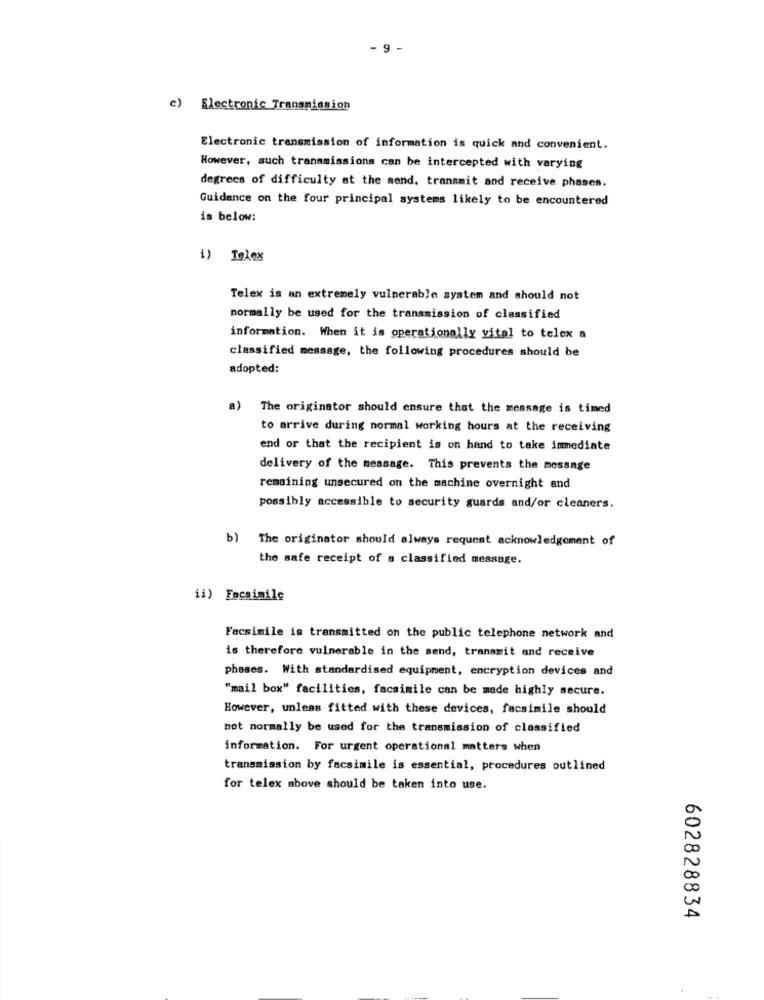
- 9 -
c) Electronic Transmission
Electronic transmission of information is quick and convenient.
However, such transmissions can be intercepted with varying
degrees of difficulty at the send, transmit and receive phases.
Guidance on the four principal systems likely to be encountered
is below:
i) Telex
Telex is an extremely vulnerable system and should not
normally be used for the transmission of classified
information. When it is operationally vital to telex a
classified message, the following procedures should be
adopted:
The originator should ensure that the message is timed
to arrive during normal working hours at the receiving
end or that the recipient is on hand to take immediate
delivery of the message. This prevents the message
remaining unsecured on the machine overnight and
possibly accessible to security guards and/or cleaners.
b) The originator should always request acknowledgement of
the safe receipt of a classified message.
ii) Facsimile
Facsimile is transmitted on the public telephone network and
is therefore vulnerable in the send, transmit and receive
phases. With standardised equipment, encryption devices and
"mail box" facilities, facsimile can be made highly secure.
However, unless fitted with these devices, facsimile should
not normally be used for the transmission of classified
information. For urgent operational matters when
transmission by facsimile is essential, procedures outlined
for telex above should be taken into use.
602828834